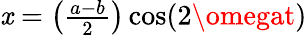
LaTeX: \mathit{x}=\left({\begin{array}{l}{{\frac{a-b}{2}}}\end{array}}\right)\cos(2\omegat)